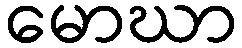
မောဃာ